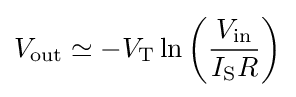
V_{\text{out}}\simeq -V_{\text{T}}\ln \left({\frac {V_{\text{in}}}{I_{\text{S}}R}}\right)